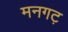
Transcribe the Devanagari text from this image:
मनगट़